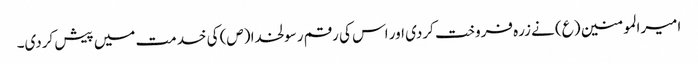
امیرالمومنین (ع) نے زرہ فروخت کردی اور اس کی رقم رسولخدا (ص) کی خدمت میں پیش کردی۔